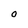
Character: O